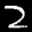
Label: 2